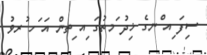
ސިފަ ިއ ްނގެ ޚިދު ަމތުގަ ިއ ިތން އަ ަހ ުރވު